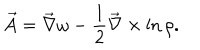
LaTeX: \vec { A } = \vec { \nabla } \omega - { \frac { 1 } { 2 } } \vec { \nabla } \times \ln \rho .